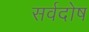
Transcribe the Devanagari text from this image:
सर्वदोष